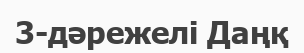
3-дәрежелі Даңқ